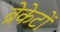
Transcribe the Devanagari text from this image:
ब्रेकेटों